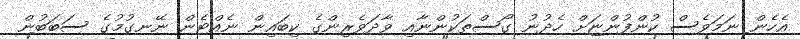
އެހެން ނަމަވެސް ކުންފުންޏަށް ހެދުނު ގޯސްތަކުންނާއި ވާދަވެރިންގެ ކިބައިން ނެއްޓެން ނޭނގުމުގެ ސަބަބުން